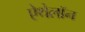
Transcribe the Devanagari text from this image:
ऐथेलॉन